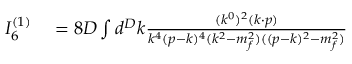
\begin{array} { r l } { I _ { 6 } ^ { ( 1 ) } } & { { } = 8 D \int d ^ { D } k \frac { ( k ^ { 0 } ) ^ { 2 } ( k \cdot p ) } { k ^ { 4 } ( p - k ) ^ { 4 } ( k ^ { 2 } - m _ { f } ^ { 2 } ) ( ( p - k ) ^ { 2 } - m _ { f } ^ { 2 } ) } } \end{array}